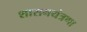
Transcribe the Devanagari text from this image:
शासनयंत्रणा